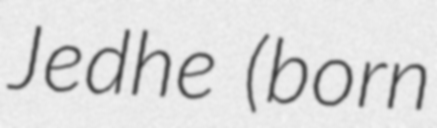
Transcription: Jedhe (born